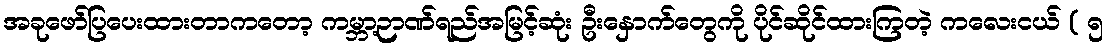
အခုဖော်ပြပေးထားတာကတော့ ကမ္ဘာ့ဉာဏ်ရည်အမြင့်ဆုံး ဦးနှောက်တွေကို ပိုင်ဆိုင်ထားကြတဲ့ ကလေးငယ် ( ၅